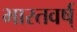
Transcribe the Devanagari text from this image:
भारतवर्ष्